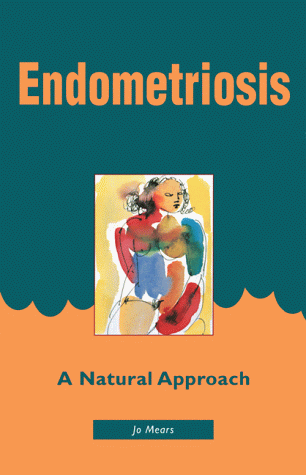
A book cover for Endometriosis: A Natural Approach; Jo Mears; Health, Fitness & Dieting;